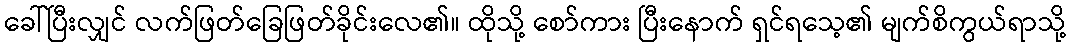
ခေါ်ပြီးလျှင် လက်ဖြတ်ခြေဖြတ်ခိုင်းလေ၏။ ထိုသို့ စော်ကား ပြီးနောက် ရှင်ရသေ့၏ မျက်စိကွယ်ရာသို့